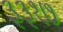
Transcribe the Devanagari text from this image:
३३१७